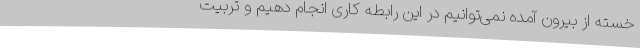
خسته از بیرون آمده نمی‌توانیم در این رابطه کاری انجام دهیم و تربیت